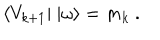
\langle V _ { k + 1 } | \ | \omega \rangle = m _ { k } \ .